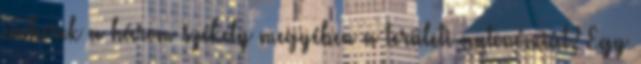
emberek a három székely megyében a területi autonómiát? Egy